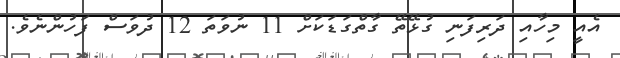
އެއީ މިހާއި ދަރިފަނި ގުޅޭތޭ ގާތްގަޑަކަށް 11 ނުވަތަ 12 ދުވަސް ފަހުންނެވެ.